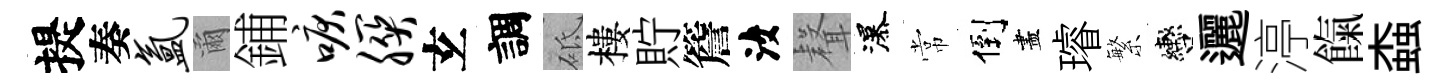
提奏氲爾鋪唳朕𤣥調砥樓貯簷汝𮋻瀑常倒盡璿繁轡邐渟餼螙